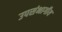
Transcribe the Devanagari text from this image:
उपसंभागीय